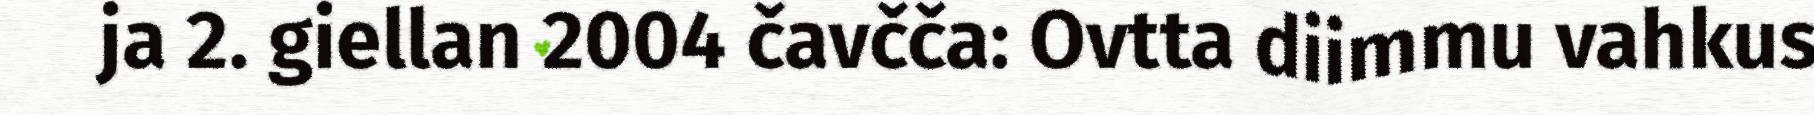
ja 2. giellan 2004 čavčča: Ovtta diimmu vahkus